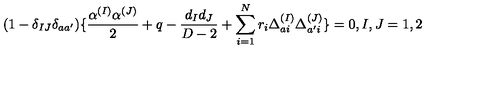
( 1 - \delta _ { I J } \delta _ { a a ^ { \prime } } ) \{ { \frac { \alpha ^ { ( I ) } \alpha ^ { ( J ) } } { 2 } } + q - { \frac { d _ { I } d _ { J } } { D - 2 } } + \sum _ { i = 1 } ^ { N } r _ { i } \Delta _ { a i } ^ { ( I ) } \Delta _ { a ^ { \prime } i } ^ { ( J ) } \} = 0 , I , J = 1 , 2